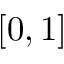
[ 0 , 1 ]